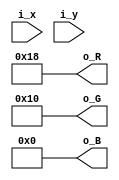
// Simplest pattern. Same color for all pixels
module pat_fixed (
    input [8:0] i_x,
    input [8:0] i_y,
    output [4:0] o_R,
    output [5:0] o_G,
    output [4:0] o_B
);

assign o_R = 5'b11000;
assign o_G = 6'b010000;
assign o_B = 5'b00000;

endmodule